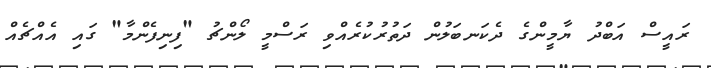
ރައީސް އަބްދު ޔާމީންގެ ދެކަނބަލުން ދަތުރުކުރެއްވި ރަސްމީ ލޯންޗު "ފިނިފެންމާ" ގައި އެއްޗެއް